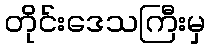
တိုင်းဒေသကြီးမှ